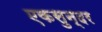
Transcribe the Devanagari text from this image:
एकसुन्दर